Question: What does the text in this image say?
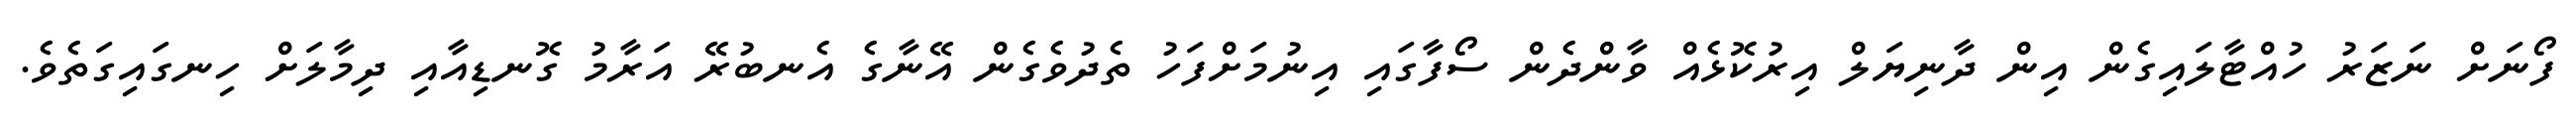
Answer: ފޯނަށް ނަޒަރު ހުއްޓާލައިގެން އިން ދާނިޔަލް އިރުކޮޅެއް ވާންދެން ސޯފާގައި އިނުމަށްފަހު ތެދުވެގެން އޭނާގެ އެނބުރޭ އަރާމު ގޮނޑިއާއި ދިމާލަށް ހިނގައިގަތެވެ.